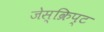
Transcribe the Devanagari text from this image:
जेस्क्रिप्ट